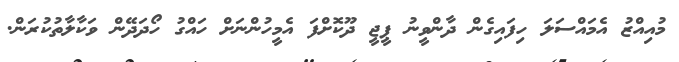
މުއިއްޒު އެމައްސަލަ ހިފައިގެން ދާންވީނު ޕީޖީ ދޫކޮށްފަ އެމީހުންނަށް ހައްގު ހޯދަދޭން ވަކާލާތުކުރަން.